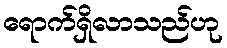
ရောက်ရှိလာသည်ဟု